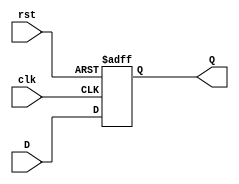
`timescale 1ns / 1ps
//////////////////////////////////////////////////////////////////////////////////
// Company: 
// Engineer: 
// 
// Design Name: 
// Module Name: DFlipFlop
// Project Name: 
// Target Devices: 
// Tool Versions: 
// Description: 
// 
// Dependencies: 
// 
// Revision:
// Revision 0.01 - File Created
// Additional Comments:
// 
//////////////////////////////////////////////////////////////////////////////////


module DFlipFlop(
    input clk, 
    input rst, 
    input D, 
    output reg Q
    );
    
    always @ (posedge clk or posedge rst)
        if (rst) begin
        Q <= 1'b0;
        end else begin
        Q <= D;
    end 
    
endmodule